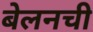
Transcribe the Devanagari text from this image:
बेलनची